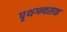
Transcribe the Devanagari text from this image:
पृथग्न्यसक